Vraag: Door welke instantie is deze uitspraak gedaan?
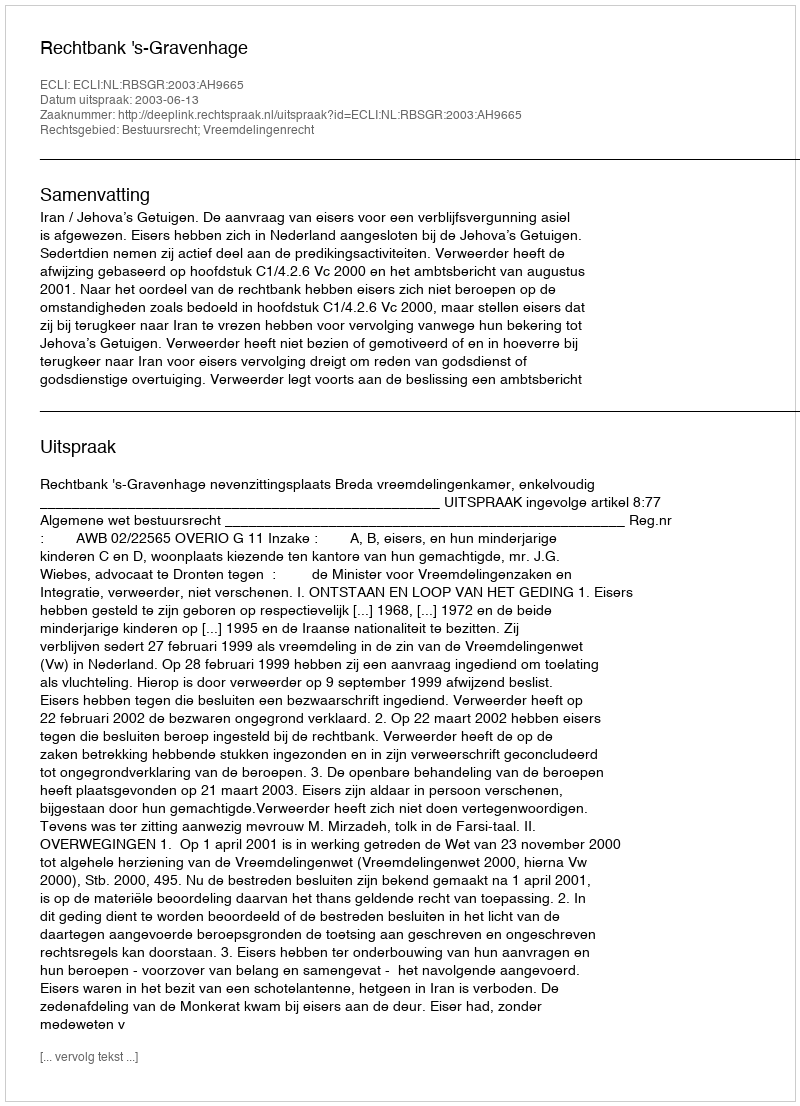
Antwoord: Rechtbank 's-Gravenhage